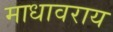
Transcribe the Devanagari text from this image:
माधावराय